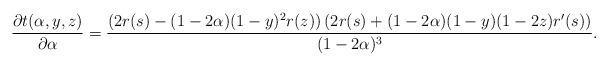
\begin{align*}\frac{\partial{t(\alpha,y,z)}}{\partial \alpha}=\frac{\left(2r(s)-(1-2\alpha)(1-y)^2r(z)\right)\left(2r(s)+(1-2\alpha)(1-y)(1-2z)r^\prime(s)\right)}{(1-2\alpha)^3}.\end{align*}